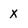
Character: X